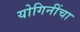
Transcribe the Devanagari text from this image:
योगिनींचा